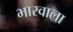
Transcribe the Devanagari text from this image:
भारवाला